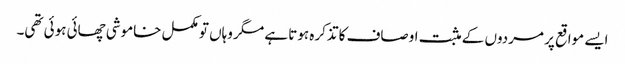
ایسے مواقع پر مردوں کے مثبت اوصاف کا تذکرہ ہوتا ہے مگر وہاں تو مکمل خاموشی چھائی ہوئی تھی۔